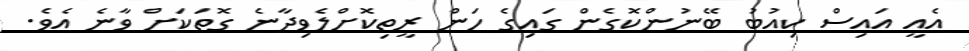
އެއީ އައިސް ކިއުބު ބޭނުންކޮގެން ގައިގެ ހަން ރީތިކޮށްލެވިދާނެ ގޮތަކަށް ވާނެ އެވެ.